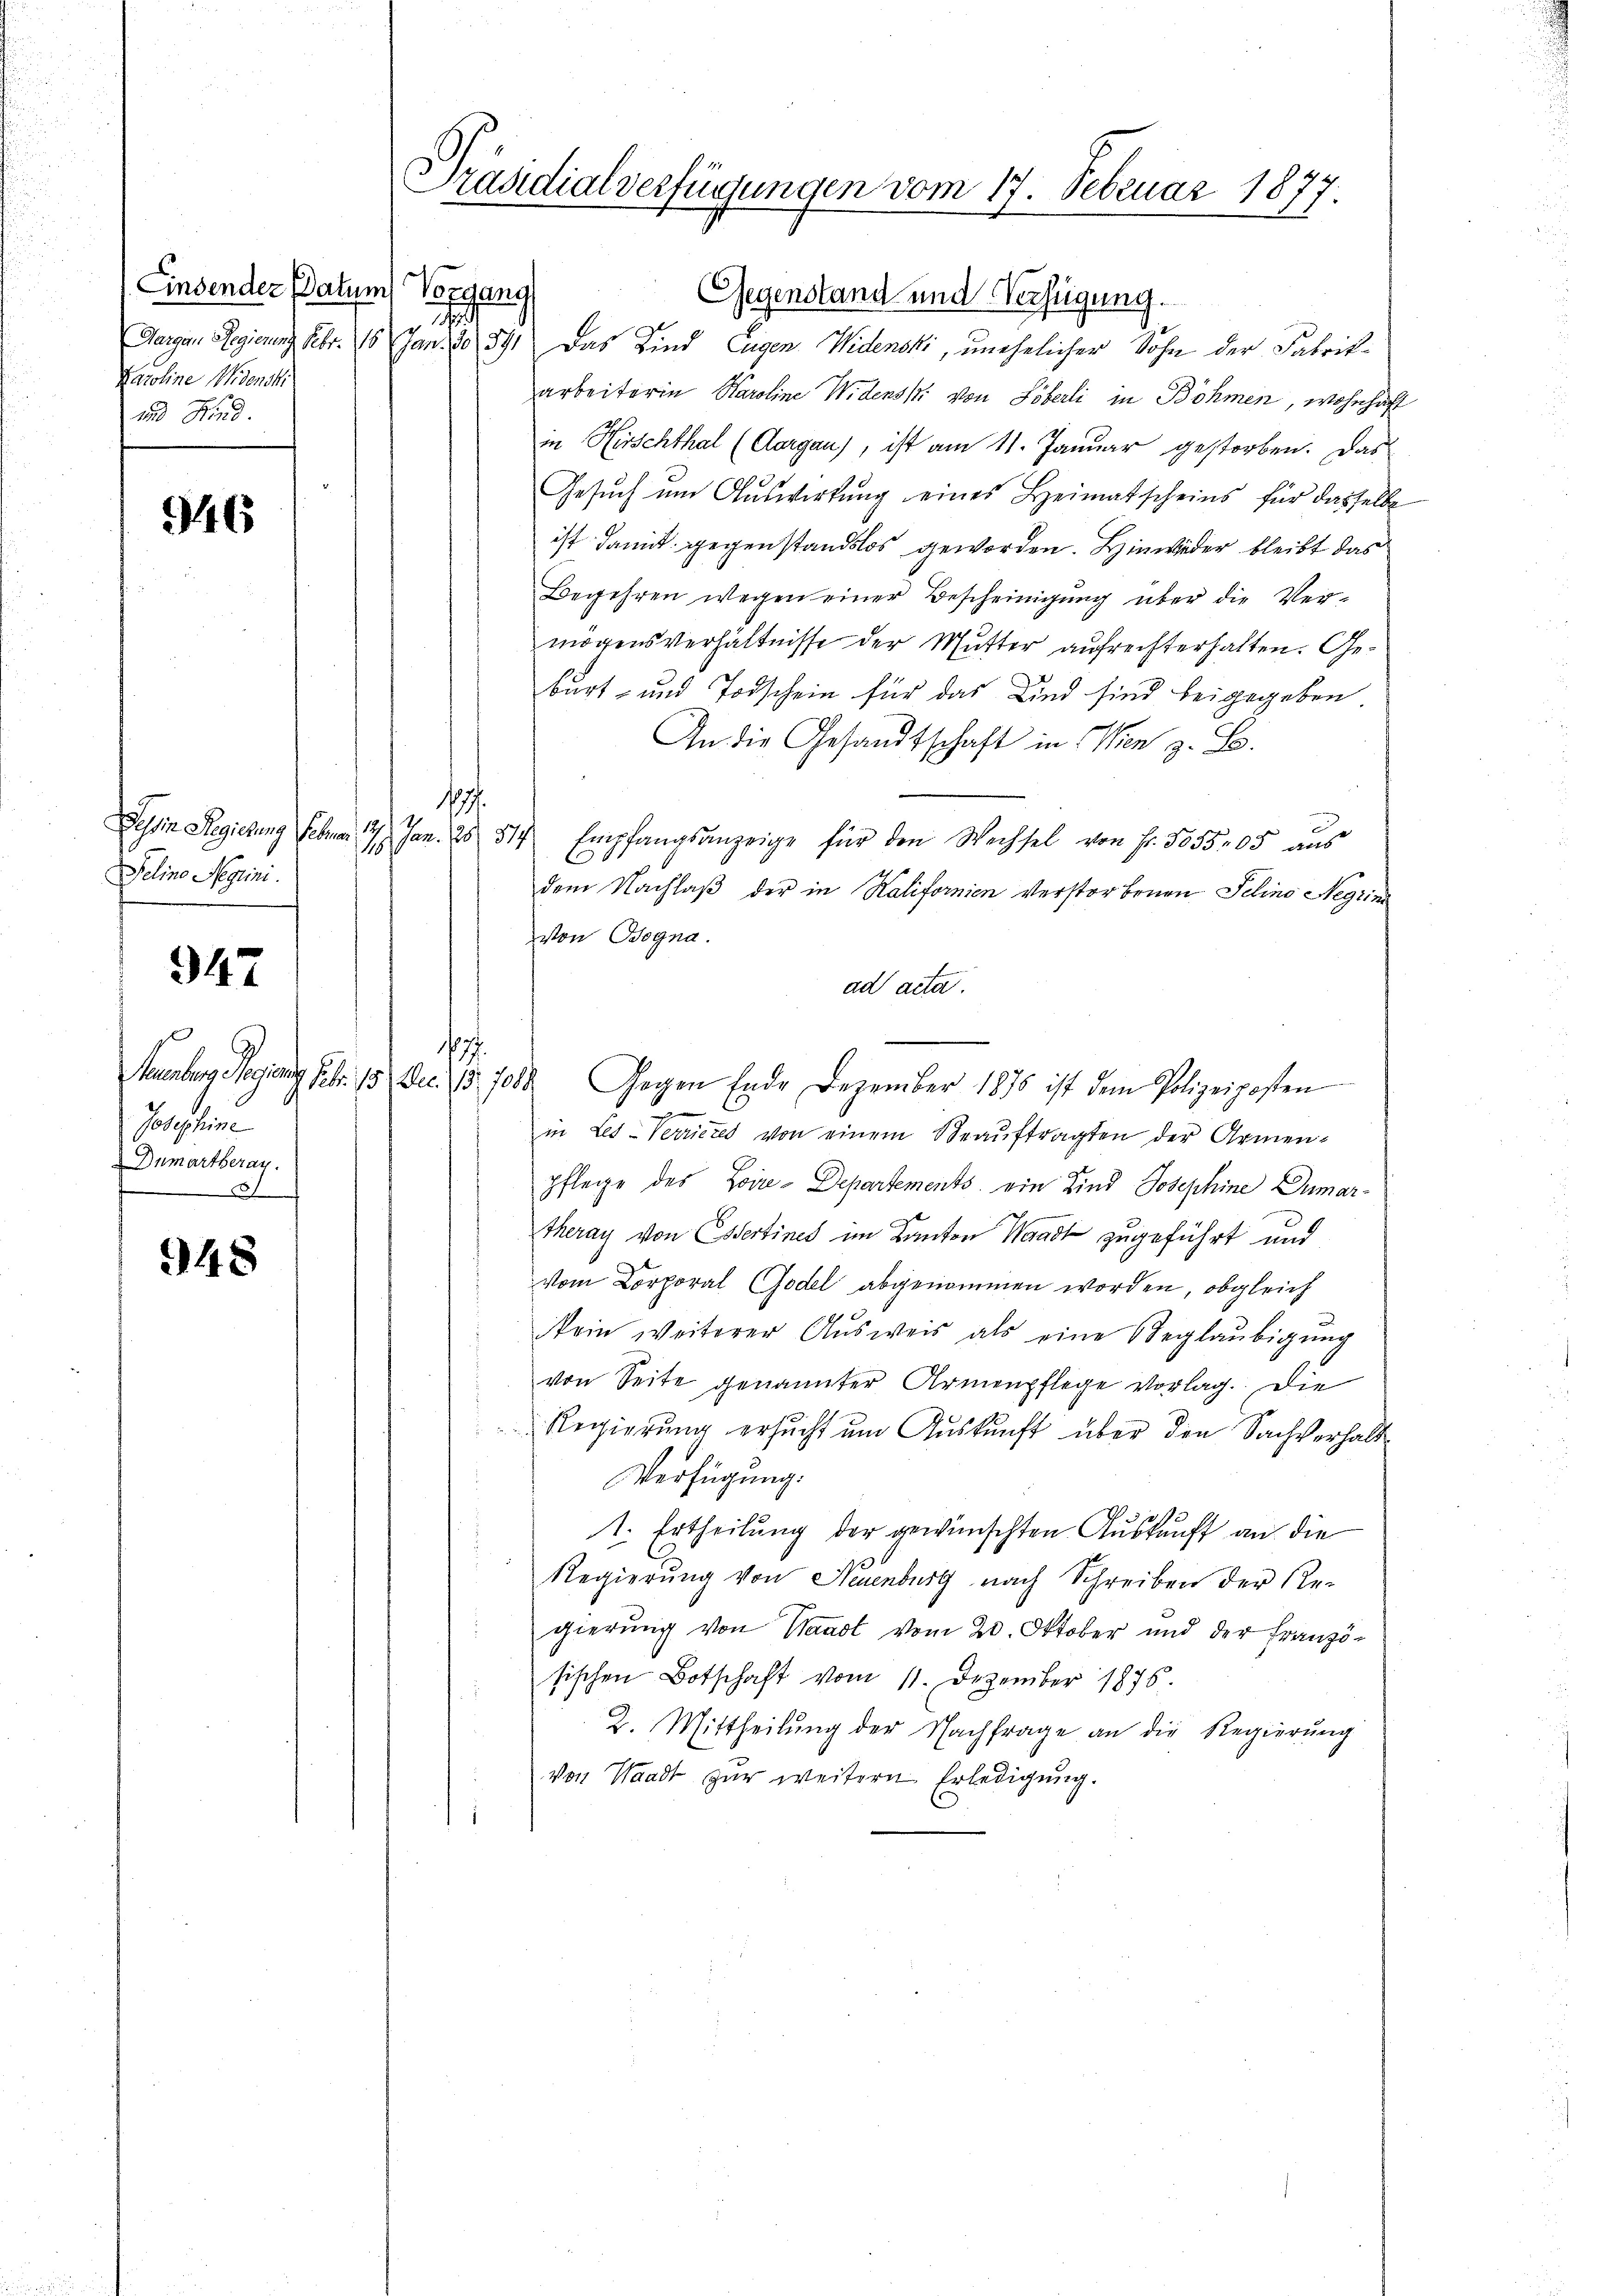
Einsender Datum Vorgang
.
Karoline Widenck
und Kind.

346

1877.
Selino Negrini.

947

s
Josephine
Dumartberay.
61

948

Präsidialverfügungen vom 17. Februar 1877.

Gegenstand und Verfügung.
Hergan, Regierung Febr. 15 Jan. 20. 591 Das Kind Eugen Widencki, unehelicher Sohn der Fabrikarbeiterin Karoline Widenski von Löberli in Böhmen, wohnhaft
in Hirschthal (Aargau), ist am 11. Januar gestorben. Das
Gesuch um Auswirkung eines Heimatscheins für dasselbe
ist damit gegenstandslos geworden. Hinwieder bleibt das
Begehren wegen einer Bescheinigung über die Vermögensverhältnisse der Mutter aufrechterhalten. Geburt und Todschein für das Kind sind beigegeben.
An die Gesandtschaft in Wien z. B.
2
Tessin Regierung Februar 17. Jan. 25. 514 Empfangsanzeige für den Wechsel von Fr. 5055,05 aŭs
dem Nachlaß der in Kalifornien Verstorbenen Selins Regrins
von Bogna.
ad acta.
.
Stuenburg Regieng Febr. 15 Dec. 15. 1088. Gegen Ende Dezember 1875 ist dem Polizeiposten
in Les-Verrietes von einem Beaŭftragten der Armen-
pflege des Loire-Departements ein Kind Josephine Dumar¬
Theray von Essertinet im Kanton Waadt zugeführt und
vom Corporal Godel abgenommen worden, obgleich
ein weiterer Ausweis als eine Beglaubigung
von Seite genannter Armenpflege vorlag. Die
Regierung ersucht um Auskunft über den Sachverhalt
Verfügung.
1. Ertheilung der gewünschten Auskauft an die
Regierung von Neuenburg nach Schreiben der Re-
gierung von Waadt vom 20. Oktober und der Französischen Botschaft vom 11. Dezember 1876.
2. Mittheilŭng der Nachfrage an die Regierŭng
von Waadt zur weitern Erledigung.